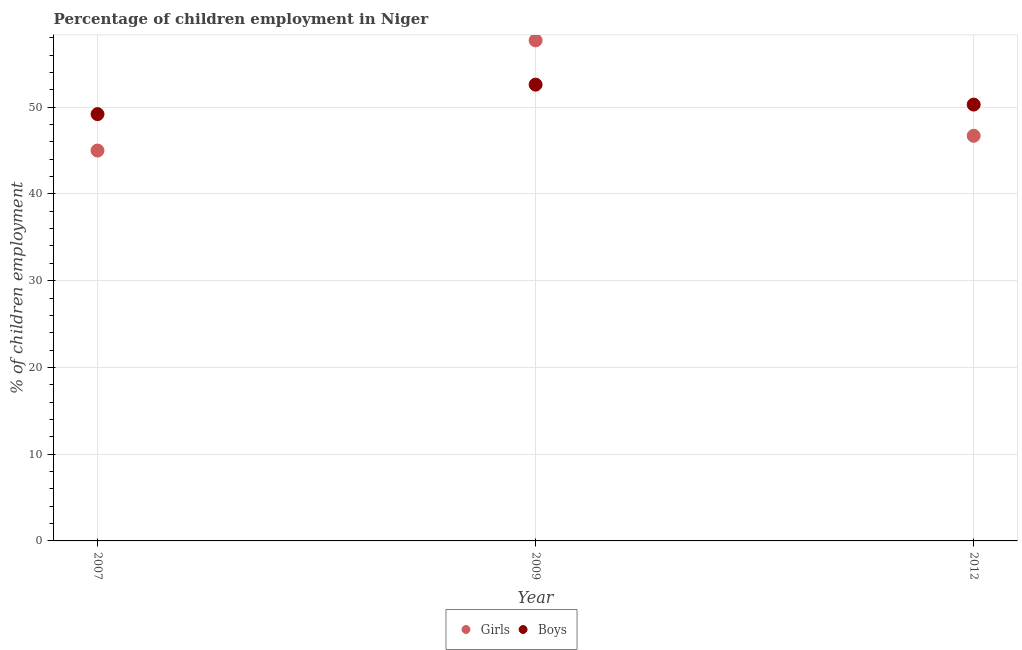
| Year | Girls | Boys |
 | --- | --- | --- |
 | 2007 | 45 | 49.2 |
 | 2009 | 57.7 | 52.6 |
 | 2012 | 46.7 | 50.3 |